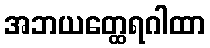
အဘယတ္ထေရဂါထာ